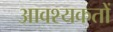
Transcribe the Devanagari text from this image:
आवश्यकतों